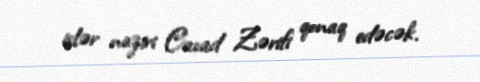
işlər naziri Cavad Zərifi qonaq edəcək.